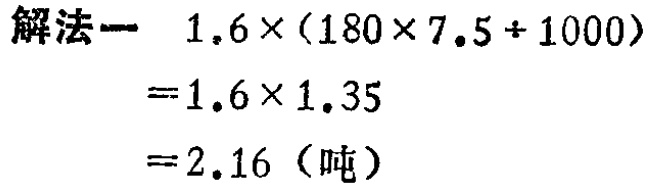
```
解法一  \(1.6\times(180\times7.5 + 1000)\)
\(=1.6\times1.35\)
\(=2.16\)（吨）
```